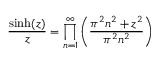
{ \frac { \sinh ( z ) } { z } } = \prod _ { n = 1 } ^ { \infty } \left( { \frac { \pi ^ { 2 } n ^ { 2 } + z ^ { 2 } } { \pi ^ { 2 } n ^ { 2 } } } \right)